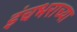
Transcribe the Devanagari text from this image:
इंचभराच्या